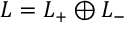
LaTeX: { \cal L } = { \cal L } _ { + } \oplus { \cal L } _ { - }